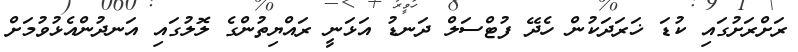
ރަށްރަށުގައި ކުޑަ ޚަރަދަކުން ހެދޭ ފުޓްސަލް ދަނޑު އަޅަނީ ރައްޔިތުންގެ ލޮލުގައި އަނދުންއެޅުވުމަށް